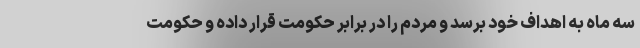
سه ماه به اهداف خود برسد و مردم را در برابر حکومت قرار داده و حکومت